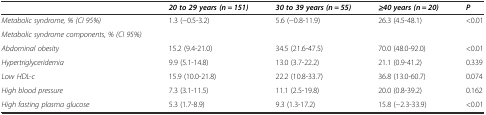
<table><thead><tr><td></td><td><b><i>20 to 29 years (n = 151)</i></b></td><td><b><i>30 to 39 years (n = 55)</i></b></td><td><b><i>≥40 years (n = 20)</i></b></td><td><b><i>P</i></b></td></tr></thead><tbody><tr><td><i>Metabolic syndrome, % (CI 95%)</i></td><td>1.3 (−0.5-3.2)</td><td>5.6 (−0.8-11.9)</td><td>26.3 (4.5-48.1)</td><td>&lt;0.01</td></tr><tr><td><i>Metabolic syndrome components, % (CI 95%)</i></td><td></td><td></td><td></td><td></td></tr><tr><td><i>Abdominal obesity</i></td><td>15.2 (9.4-21.0)</td><td>34.5 (21.6-47.5)</td><td>70.0 (48.0-92.0)</td><td>&lt;0.01</td></tr><tr><td><i>Hypertriglyceridemia</i></td><td>9.9 (5.1-14.8)</td><td>13.0 (3.7-22.2)</td><td>21.1 (0.9-41.2)</td><td>0.339</td></tr><tr><td><i>Low HDL-c</i></td><td>15.9 (10.0-21.8)</td><td>22.2 (10.8-33.7)</td><td>36.8 (13.0-60.7)</td><td>0.074</td></tr><tr><td><i>High blood pressure</i></td><td>7.3 (3.1-11.5)</td><td>11.1 (2.5-19.8)</td><td>20.0 (0.8-39.2)</td><td>0.162</td></tr><tr><td><i>High fasting plasma glucose</i></td><td>5.3 (1.7-8.9)</td><td>9.3 (1.3-17.2)</td><td>15.8 (−2.3-33.9)</td><td>&lt;0.01</td></tr></tbody></table>